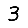
Digit: 3